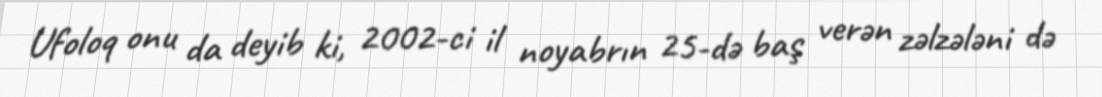
Ufoloq onu da deyib ki, 2002-ci il noyabrın 25-də baş verən zəlzələni də